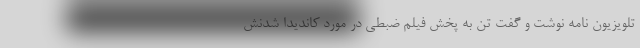
تلویزیون نامه نوشت و گفت تن به پخش فیلم ضبطی در مورد کاندیدا شدنش